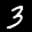
Label: 3